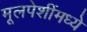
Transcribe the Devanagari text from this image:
मूलपेशींमध्ये